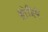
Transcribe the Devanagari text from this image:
श्रोत्रियं